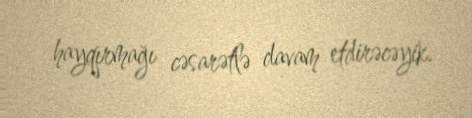
hayqırmağı cəsarətlə davam etdirəcəyik.